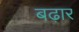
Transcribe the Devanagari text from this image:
बढ़ार